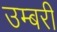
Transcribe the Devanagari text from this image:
उम्बरी